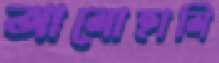
আলোহালি